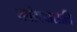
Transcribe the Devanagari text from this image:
तपोपवासादि